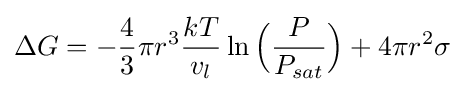
\Delta G=-{\frac {4}{3}}\pi r^{3}{\frac {kT}{v_{l}}}\ln {\Bigl (}{\frac {P}{P_{sat}}}{\Bigr )}+4\pi r^{2}\sigma